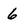
Character: 6